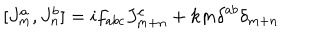
LaTeX: [ J _ { m } ^ { a } , J _ { n } ^ { b } ] = i f _ { a b c } J _ { m + n } ^ { c } + k m { \delta } ^ { a b } { \delta } _ { m + n }